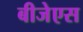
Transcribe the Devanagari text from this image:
बीजेएस